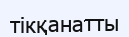
тікқанатты